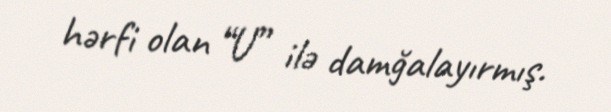
hərfi olan “U” ilə damğalayırmış.